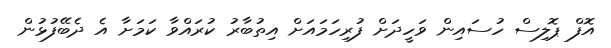
އޮފް ޕޮލިސް ހުސައިން ވަހީދަށް ފުރިހަމައަށް އިތުބާރު ކުރައްވާ ކަމަށާ އެ ދެބޭފުޅުން